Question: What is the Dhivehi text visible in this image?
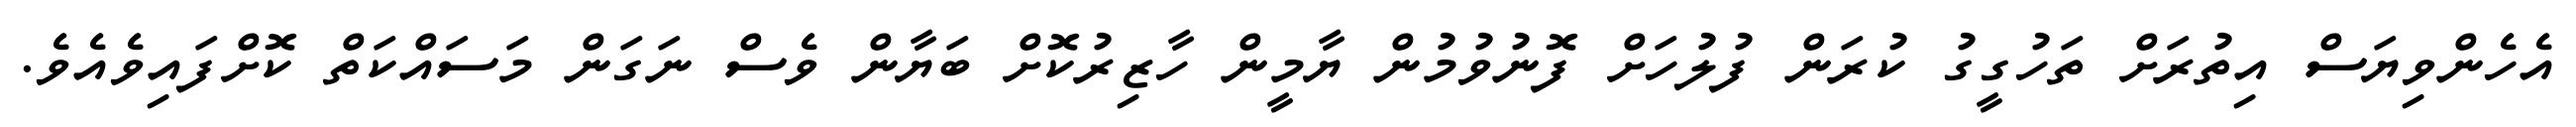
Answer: އެހެންވިޔަސް އިތުރަށް ތަހުގީގު ކުރަން ފުލުހަށް ފޮނުވުމުން ޔާމީން ހާޒިރުކޮށް ބަޔާން ވެސް ނަގަން މަސައްކަތް ކޮށްފައިވެއެވެ.